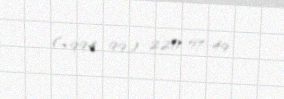
(+994 99) 220-57-49